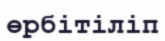
өрбітіліп